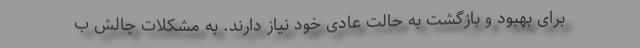
برای بهبود و بازگشت به حالت عادی خود نیاز دارند. به مشکلات چالش ب